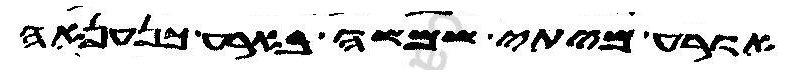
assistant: אורע מיתי שמשה בארע כנענאה